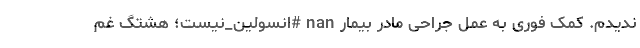
ندیدم. کمک فوری به عمل جراحی مادر بیمار nan #انسولین_نیست؛ هشتگ غم